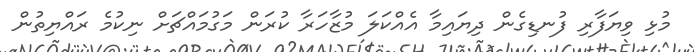
މުޅި ވިޔަފާރި ފުނޑިގެން ދިޔައިމާ އެއްކަލަ މުޒާހަރާ ކުރަން މަގުމައްޗަށް ނިކުމެ ރައްޔިތުން